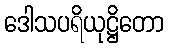
ဒေါသပရိယုဋ္ဌိတော